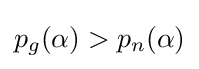
p_{g}(\alpha )>p_{n}(\alpha )